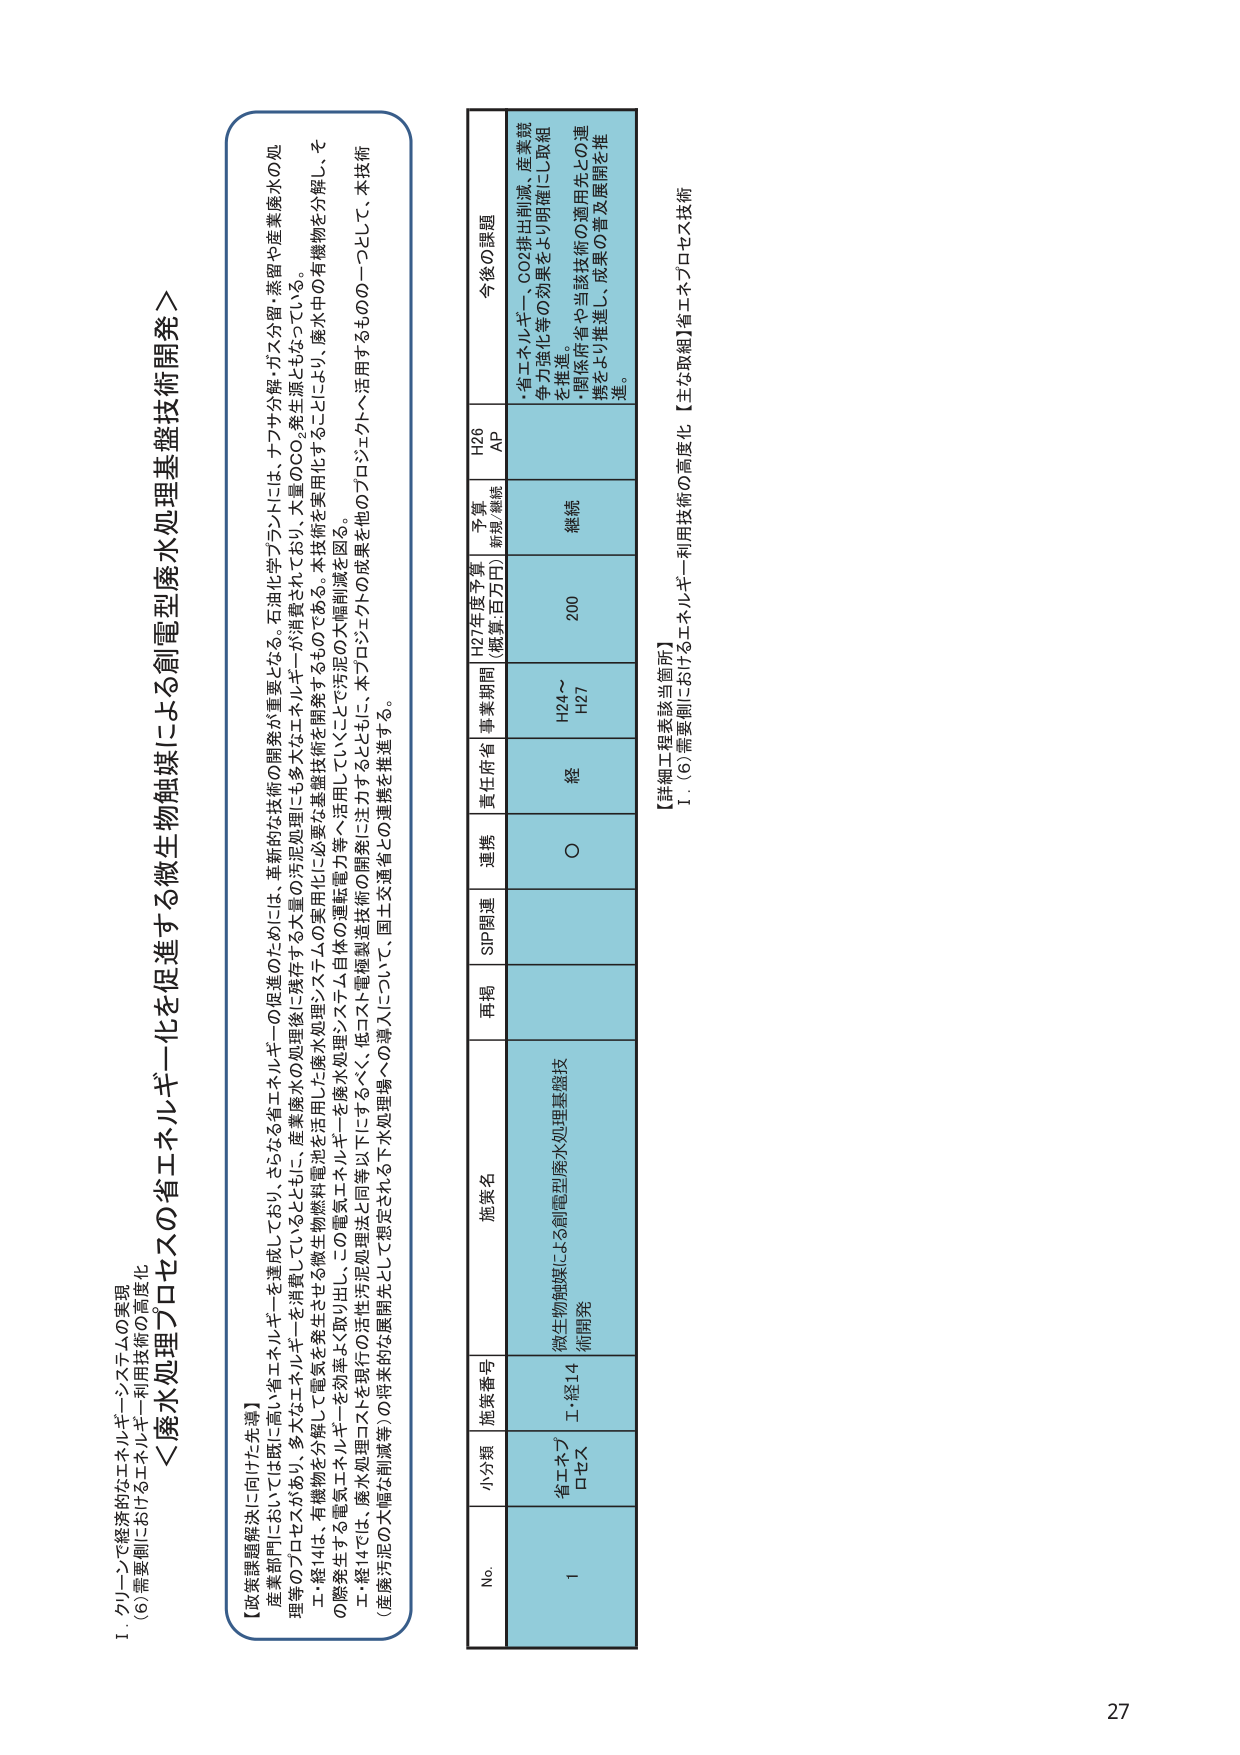
I. グリーンで経済的なエネルギー・システムの実現
(6) 需要側におけるエネルギー利用技術の高度化

＜廃水処理プロセスの省エネルギー化を促進する微生物触媒による創電型廃水処理基盤技術開発＞

【政策課題解決に向けた先導】
産業部門においては既に高い省エネルギーを達成しており、さらなる省エネルギーの促進のためには、革新的な技術の開発が重要となる。石油化学プラントには、ナフサ分解・ガス分離・蒸留や産業廃水の処理等のプロセスがあり、多大なエネルギーを消費しているとともに、産業廃水の処理後に残存する大量の汚泥処理に必要なエネルギーが消費されており、大量のCO₂発生源ともなっている。
工・経14は、有機物を分解して電気を発生させる微生物燃料電池を活用した廃水処理システムの実用化に必要な基盤技術を開発するものである。本技術を実用化することにより、廃水中の有機物を分解し、その際発生する電気エネルギーを効率よく取り出し、この電気エネルギーを廃水処理システム自体の運転電力等へ活用していくことで汚泥の大幅削減を図る。
工・経14では、廃水処理コストを現行の活性炭処理法と同等以下にすることをめざし、低コスト電極製造技術の開発に注力するとともに、本プロジェクトの成果を他のプロジェクトへ活用するもの一つとして、本技術（産廃汚泥の大幅な削減等）の将来的な展開先として想定される下水処理場への導入について、国土交通省との連携を推進する。

No. 小分類 施策番号 施策名 再掲 SIP関連 連携 責任府省 事業期間 H27年度予算 (概算・百万円) 予算 新規/継続 H26 AP 今後の課題
1 省エネプロセス 工・経14 微生物触媒による創電型廃水処理基盤技術開発 ○ 経 H24～H27 200 継続 ・省エネルギー・CO₂排出削減、産業競争力強化等の効果をより明確にし取組を推進。
・関係府省や当該技術の適用先との連携をより推進し、成果の普及展開を推進。

【詳細工程表該当箇所】
1. (6) 需要側におけるエネルギー利用技術の高度化【主な取組】省エネプロセス技術

27